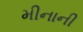
મીનાની